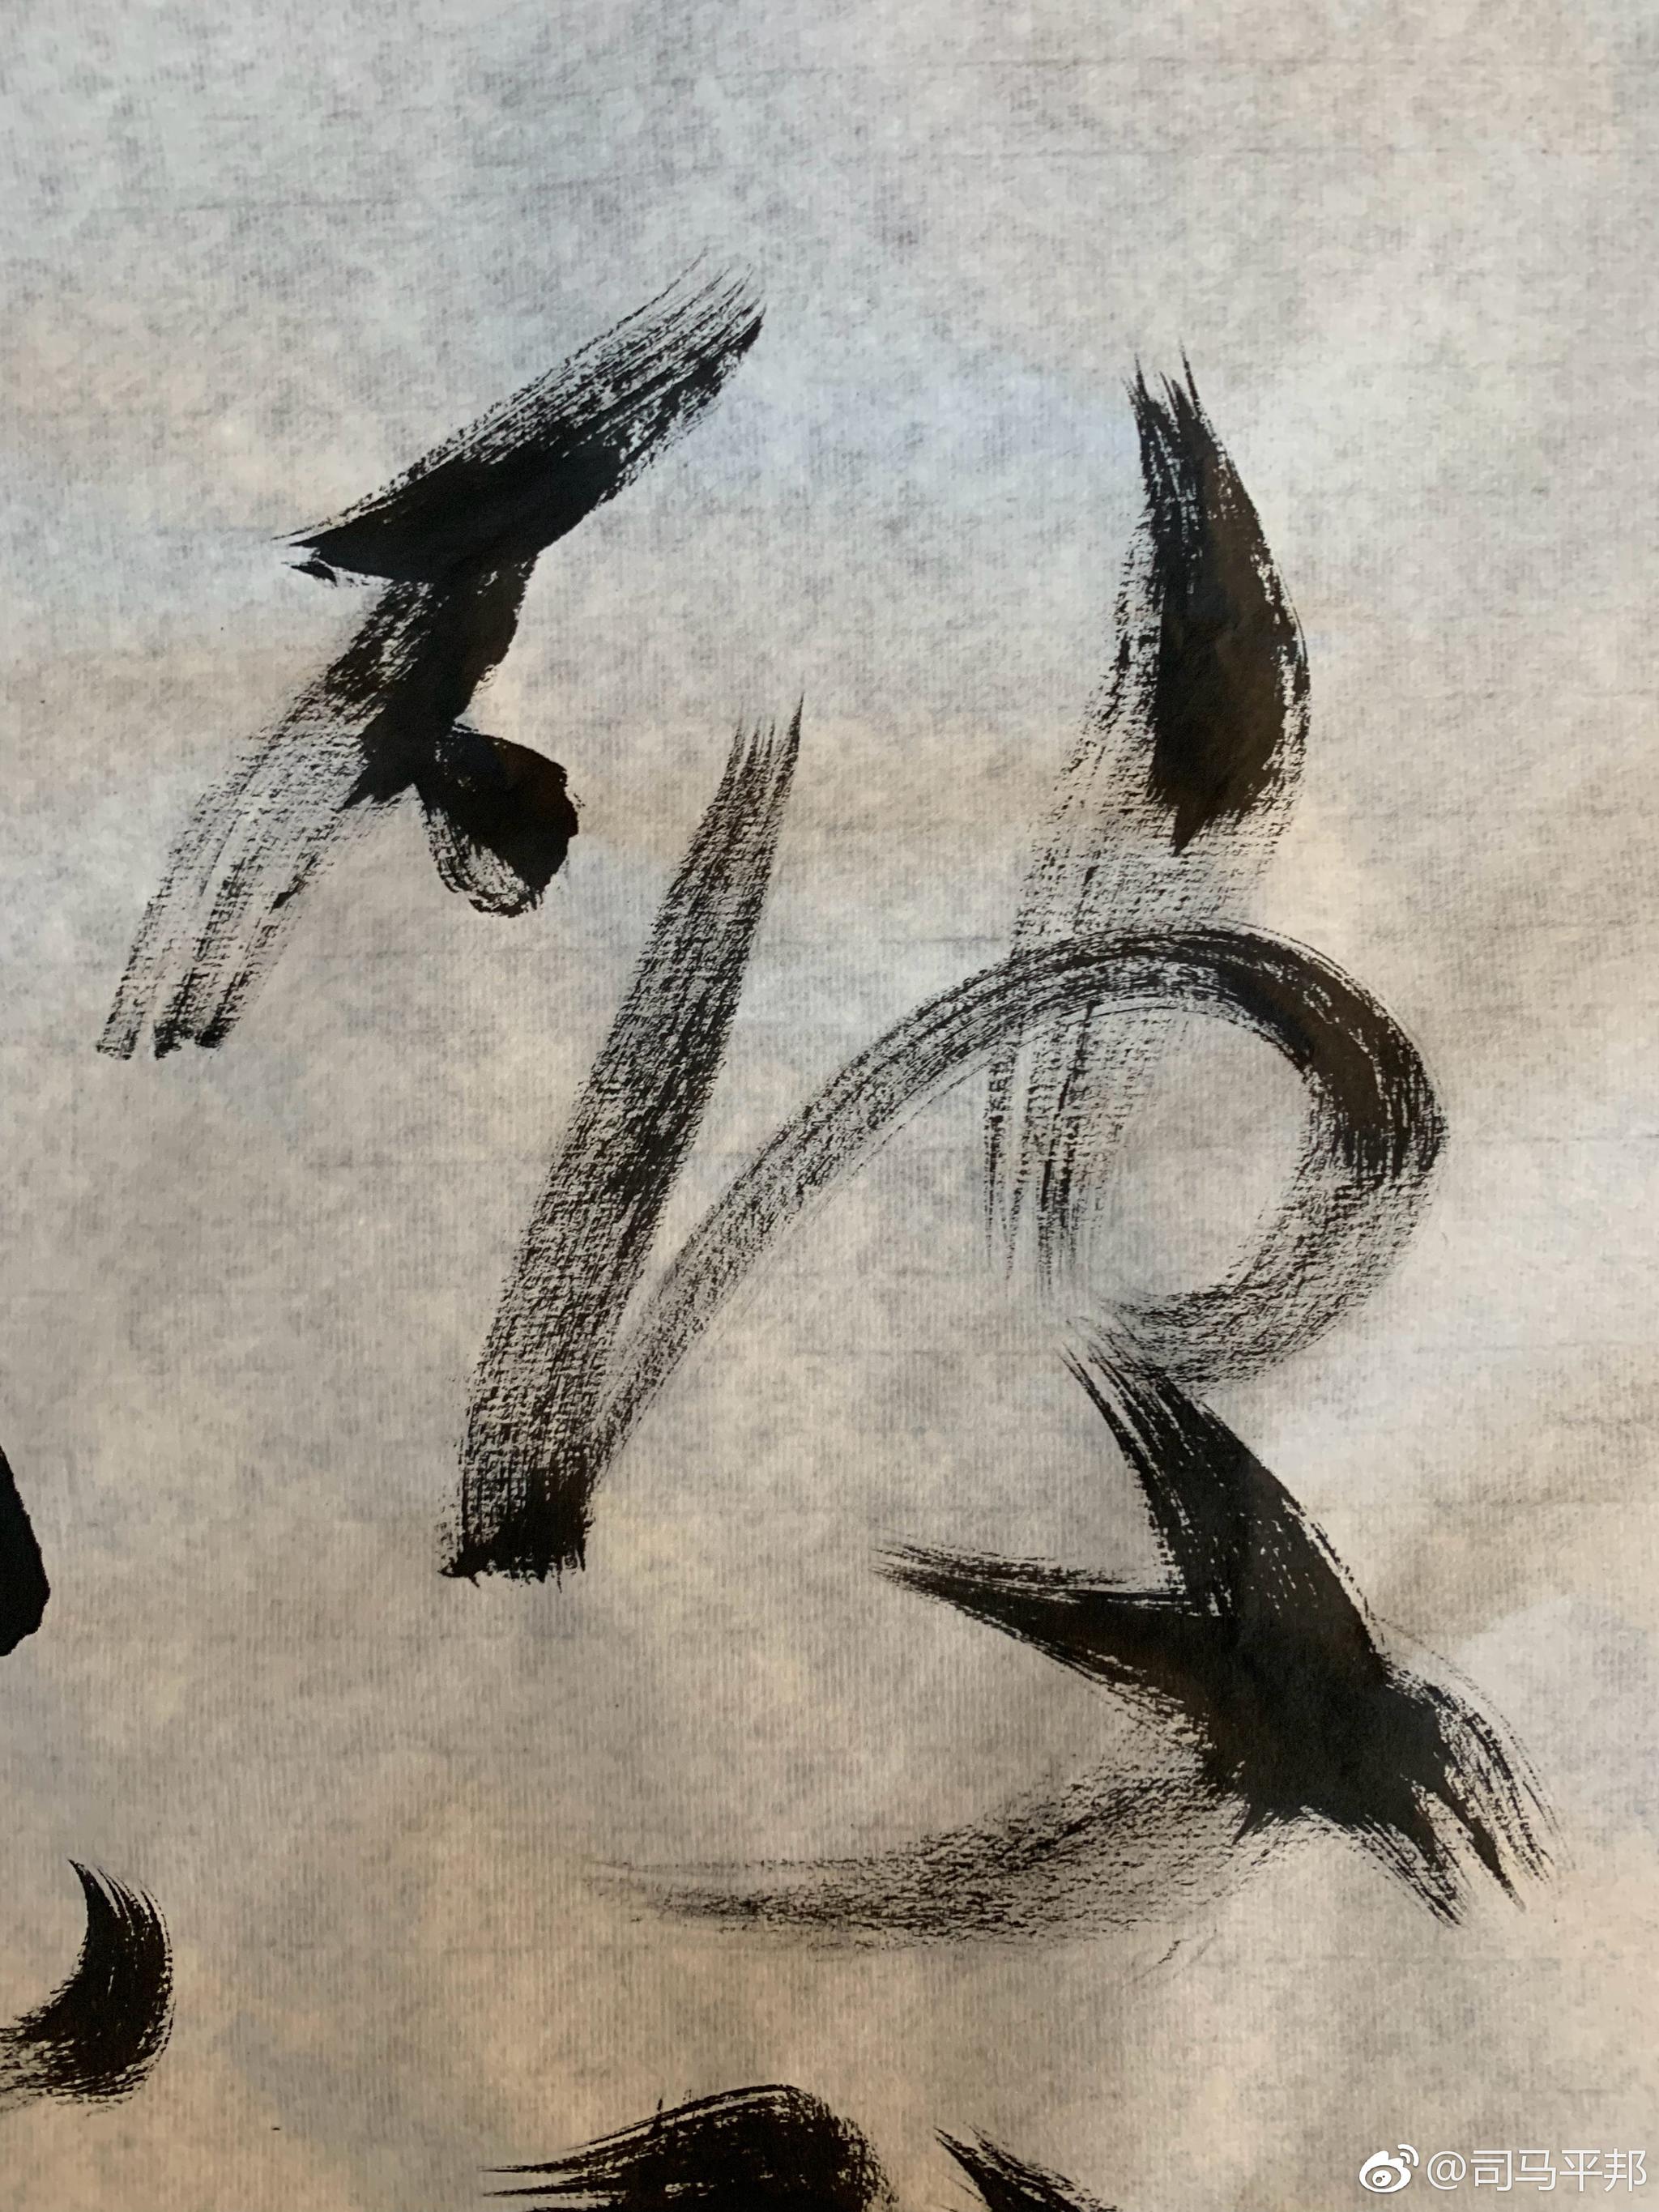
三十功名尘与土，八千里路云和月。